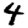
Digit: 4